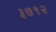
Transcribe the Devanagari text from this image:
३७१२